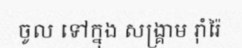
ចូល ទៅក្នុង សង្គ្រាម រ៉ាំរ៉ៃ